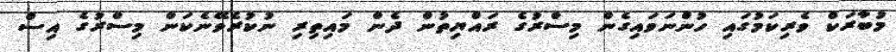
މުބާރަކް ވެރިކަމުގައި ހުންނަވައިގެން މިސްރުގެ ރައްޔިތުން ދެން މައިތިރި ނުކުރެވޭނެކަން މިސްރުގެ އިސް